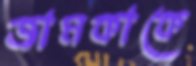
জামকাকে